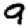
Digit: 9